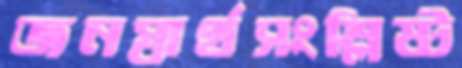
জনস্বার্থসংশ্লিষ্ট